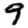
Digit: 9